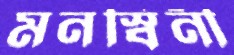
মনস্বিনী